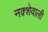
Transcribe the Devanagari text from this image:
नक़्शेवाली